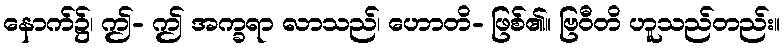
နောက်၌၊ ဤ- ဤ အက္ခရာ လာသည်၊ ဟောတိ- ဖြစ်၏။ ဗြဝီတိ ဟူသည်တည်း။